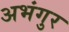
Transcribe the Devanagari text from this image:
अभंगुर